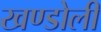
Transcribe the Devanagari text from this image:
खण्डोली